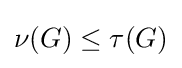
\nu (G)\leq \tau (G)